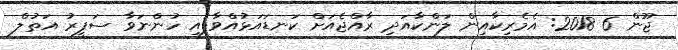
ޖޫން 6 2018: އެމެރިކާއިން ލަންކާއަދި ރާއްޖެއަށް ކަނޑައަޅުއްވާފައި ހުންނަވާ ސަފީރު އަތުލް